Leaving Certificate Examination, 1923
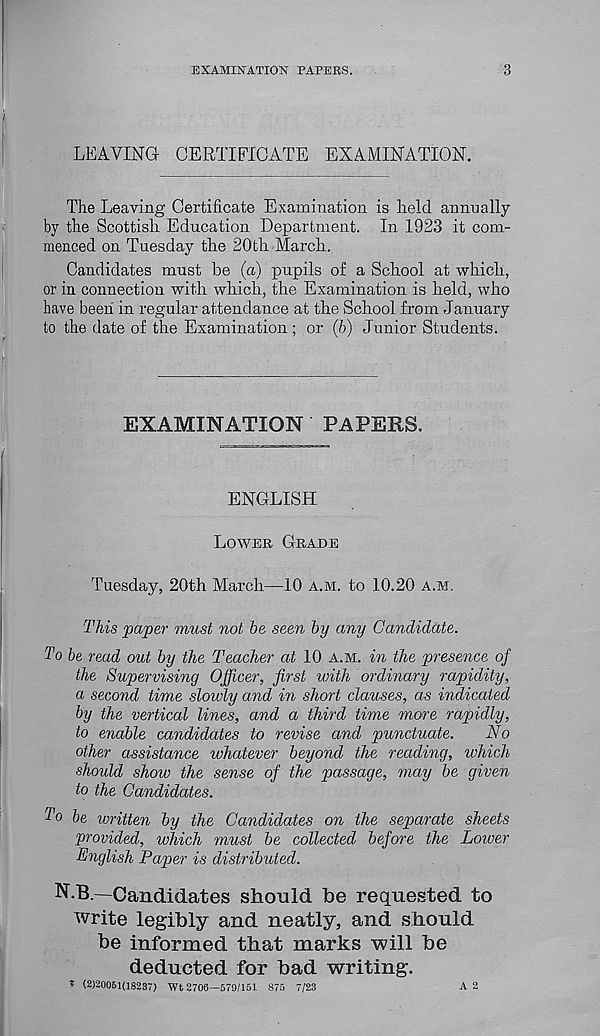
EXAMINATION PAPERS.
3
LEAVING CERTIFICATE EXAMINATION.
The Leaving Certificate Examination is held annually
by the Scottish Education Department. In 1923 it com-
menced on Tuesday the 20th March.
Candidates must be (a) pupils of a School at which,
or in connection with which, the Examination is held, who
have been in regular attendance at the School from January
to the date of the Examination ; or (6) Junior Students.
EXAMINATION PAPERS.
ENGLISH
LOWER GRADE
Tuesday, 20th March—10 A.M. to 10.20 A.M.
This paper must not he seen hy any Candidate.
To he read out hy the Teacher at 10 A.M. in the presence of
the Supervising Officer, first with ordinary rapidity,
a second time slowly and in short clauses, as indicated
hy the vertical lines, and a third time more rapidly,
to enable candidates to revise and punctuate.
No
other assistance whatever beyond the reading, which
should show the sense of the passage, may he given
to the Candidates.
To he written hy the Candidates on the separate sheets
provided, which must he collected before the Lower
English Paper is distributed.
N.B—Candidates should be requested to
write legibly and neatly, and should
be informed that marks will be
deducted for bad writing.
v (2)20061(18237) Wt 2706—579/151 875 7/23
A 2